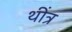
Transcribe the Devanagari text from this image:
थींत्र